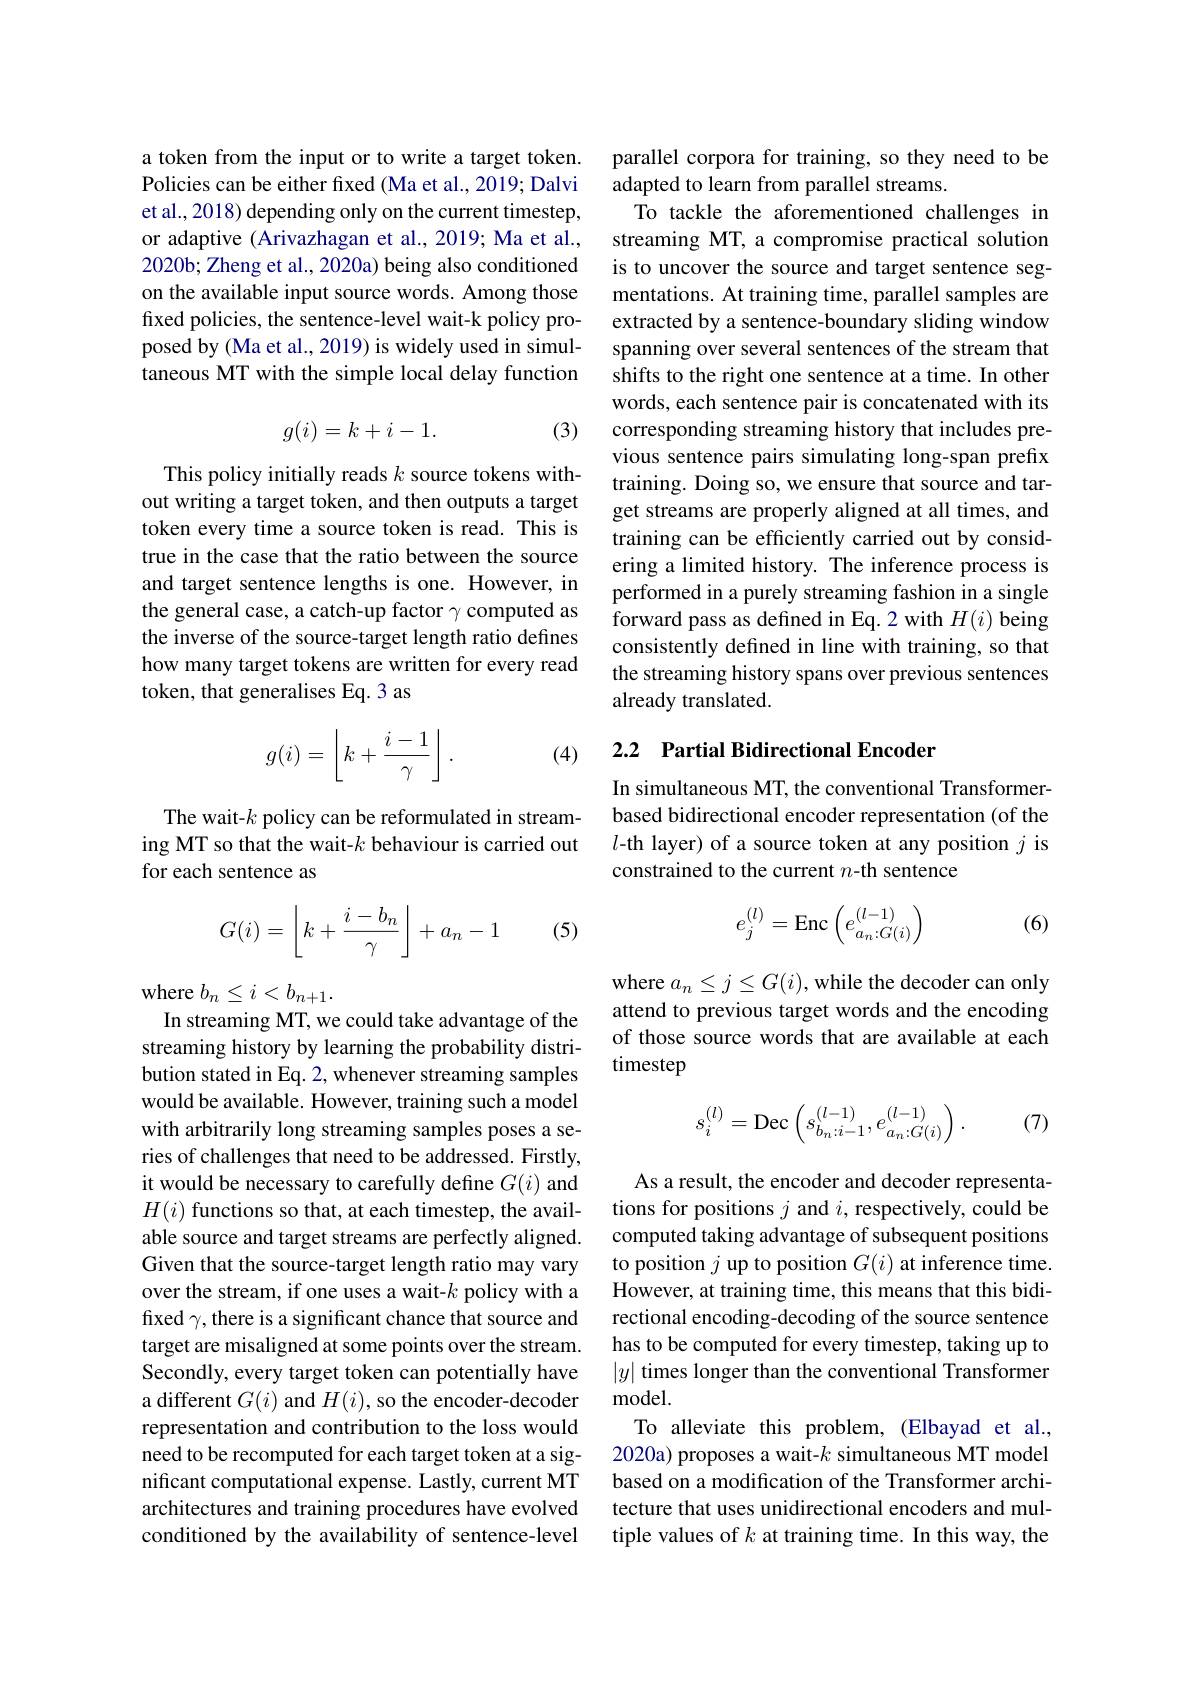
a token from the input or to write a target token. Policies can be either fixed (Ma et al., 2019; Dalvi et al., 2018) depending only on the current timestep, or adaptive (Arivazhagan et al., 2019; Ma et al., 2020b; Zheng et al., 2020a) being also conditioned on the available input source words. Among those fixed policies, the sentence-level wait-k policy proposed by (Ma et al., 2019) is widely used in simultaneous MT with the simple local delay function

(3)
$$g(i)=k+i-1.$$
This policy initially reads $k$ source tokens without writing a target token, and then outputs a target token every time a source token is read. This is true in the case that the ratio between the source and target sentence lengths is one. However, in the general case, a catch-up factor $\gamma$ computed as the inverse of the source-target length ratio defines how many target tokens are written for every read token, that generalises Eq. 3 as
$$g(i)=\left\lfloor k+\frac{i-1}{\gamma}\right\rfloor.$$
(4)

The wait-$k$ policy can be reformulated in streaming MT so that the wait-$k$ behaviour is carried out for each sentence as
$$G(i)=\left\lfloor k+\frac{i-b_n}{\gamma}\right\rfloor+a_n-1$$
(5)

where $b_n\leq i<b_{n+1}.$
In streaming MT, we could take advantage of the streaming history by learning the probability distribution stated in Eq. 2, whenever streaming samples would be available. However, training such a model with arbitrarily long streaming samples poses a series of challenges that need to be addressed. Firstly, it would be necessary to carefully define $G(i)$ and $H(i)$ functions so that, at each timestep, the available source and target streams are perfectly aligned. Given that the source-target length ratio may vary over the stream, if one uses a wait-$k$ policy with a fixed $\gamma$,there is a significant chance that source and target are misaligned at some points over the stream. Secondly, every target token can potentially have a different $G(i)$ and $H(i)$, so the encoder-decoder representation and contribution to the loss would need to be recomputed for each target token at a significant computational expense. Lastly, current MT architectures and training procedures have evolved conditioned by the availability of sentence-level

parallel corpora for training, so they need to be
adapted to learn from parallel streams.
To tackle the aforementioned challenges in streaming MT, a compromise practical solution is to uncover the source and target sentence segmentations. At training time, parallel samples are extracted by a sentence-boundary sliding window spanning over several sentences of the stream that shifts to the right one sentence at a time. In other words, each sentence pair is concatenated with its corresponding streaming history that includes previous sentence pairs simulating long-span prefix training. Doing so, we ensure that source and target streams are properly aligned at all times, and training can be efficiently carried out by considering a limited history. The inference process is performed in a purely streaming fashion in a single forward pass as defined in Eq. 2 with $H(i)$ being consistently defined in line with training, so that the streaming history spans over previous sentences already translated.

## 2.2 Partial Bidirectional Encoder

In simultaneous MT, the conventional Transformerbased bidirectional encoder representation (of the $l$-th layer) of a source token at any position $j$ is constrained to the current $n$-th sentence
$$e_j^{(l)}=\text{Enc}\left(e_{a_n:G(i)}^{(l-1)}\right)$$
(6)

where $a_n\leq j\leq G(i)$, while the decoder can only attend to previous target words and the encoding of those source words that are available at each timestep
$$s_i^{(l)}=\mathrm{Dec}\left(s_{b_n:i-1}^{(l-1)},e_{a_n:G(i)}^{(l-1)}\right).$$
(7)

As a result, the encoder and decoder representations for positions $j$ and $i$, respectively, could be computed taking advantage of subsequent positions to position $j$ up to position $G(i)$ at inference time. However, at training time, this means that this bidirectional encoding-decoding of the source sentence has to be computed for every timestep, taking up to $|y|$ times longer than the conventional Transformer model.
To alleviate this problem, (Elbayad et al., 2020a) proposes a wait-$k$ simultaneous MT model based on a modification of the Transformer architecture that uses unidirectional encoders and multiple values of $k$ at training time. In this way, the